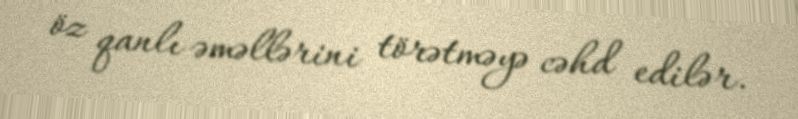
öz qanlı əməllərini törətməyə cəhd edilər.